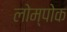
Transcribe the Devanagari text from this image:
लोम्पोक